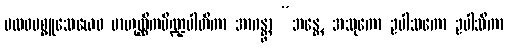
ဗလဝပစ္စူသေယေဝ ဗာဟုလ္လိကပိဏ္ဍပါတိကာ အာဂန္တွာ “ဘန္တေ, အသုကော ဥပါသကော ဥပါသိကာ